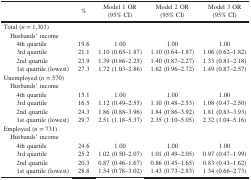
<table><thead><tr><td><b> </b></td><td><b>%</b></td><td><b>Model 1 OR(95% CI)</b></td><td><b>Model 2 OR(95% CI)</b></td><td><b>Model 3 OR(95% CI)</b></td></tr></thead><tbody><tr><td colspan="5">Total (<i>n</i> = 1,303)</td></tr><tr><td colspan="5"> Husbands’ income</td></tr><tr><td>4th quartile</td><td>19.6</td><td>1.00</td><td>1.00</td><td>1.00</td></tr><tr><td>3rd quartile</td><td>21.1</td><td>1.10 (0.65–1.87)</td><td>1.10 (0.64–1.87)</td><td>1.06 (0.62–1.82)</td></tr><tr><td>2nd quartile</td><td>23.9</td><td>1.39 (0.86–2.25)</td><td>1.40 (0.87–2.27)</td><td>1.33 (0.81–2.18)</td></tr><tr><td>1st quartile (lowest)</td><td>27.3</td><td>1.72 (1.03–2.86)</td><td>1.62 (0.96–2.72)</td><td>1.49 (0.87–2.57)</td></tr><tr><td colspan="5">Unemployed (<i>n</i> = 570)</td></tr><tr><td colspan="5"> Husbands’ income</td></tr><tr><td>4th quartile</td><td>15.1</td><td>1.00</td><td>1.00</td><td>1.00</td></tr><tr><td>3rd quartile</td><td>16.5</td><td>1.12 (0.49–2.55)</td><td>1.10 (0.48–2.53)</td><td>1.08 (0.47–2.50)</td></tr><tr><td>2nd quartile</td><td>24.3</td><td>1.86 (0.88–3.96)</td><td>1.84 (0.86–3.92)</td><td>1.81 (0.83–3.93)</td></tr><tr><td>1st quartile (lowest)</td><td>29.7</td><td>2.51 (1.18–5.37)</td><td>2.35 (1.10–5.05)</td><td>2.32 (1.04–5.16)</td></tr><tr><td colspan="5">Employed (<i>n</i> = 731)</td></tr><tr><td colspan="5"> Husbands’ income</td></tr><tr><td>4th quartile</td><td>24.6</td><td>1.00</td><td>1.00</td><td>1.00</td></tr><tr><td>3rd quartile</td><td>25.2</td><td>1.02 (0.50–2.07)</td><td>1.01 (0.49–2.05)</td><td>0.97 (0.47–1.99)</td></tr><tr><td>2nd quartile</td><td>20.3</td><td>0.87 (0.46–1.67)</td><td>0.86 (0.45–1.65)</td><td>0.83 (0.43–1.62)</td></tr><tr><td>1st quartile (lowest)</td><td>28.8</td><td>1.54 (0.78–3.02)</td><td>1.43 (0.73–2.83)</td><td>1.34 (0.66–2.73)</td></tr></tbody></table>